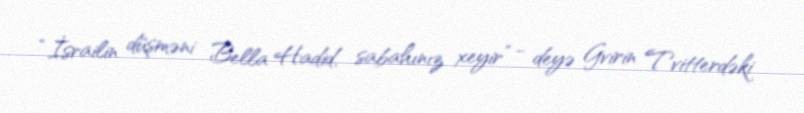
“İsrailin düşməni Bella Hadid, sabahınız xeyir” - deyə Gvirin Tvitterdəki